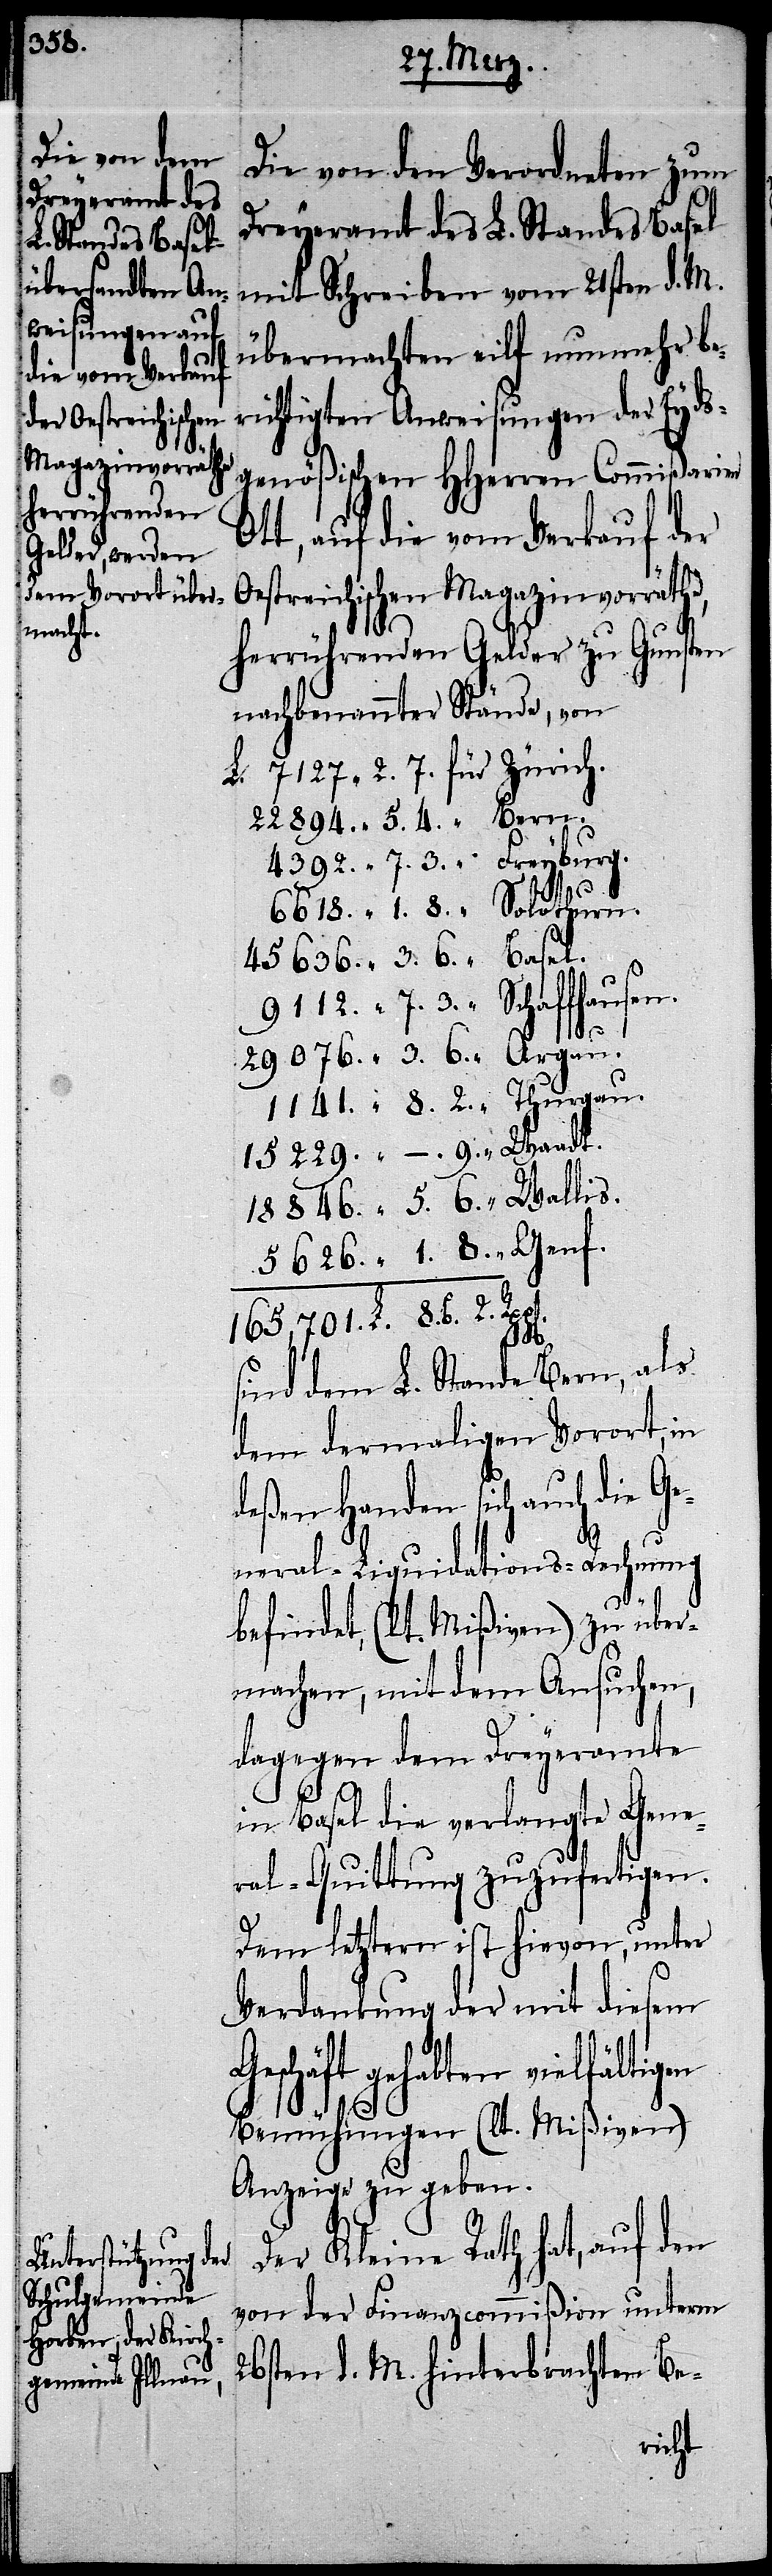
5. 6.

Die von den Verordneten zum
Dreyeramt des L. Standes Basel
mit Schreiben vom 21sten d. M.
übermachten eilf nunmehr be¬
richtigten Anweisungen der Eyds¬
genößischen HHerren Commißarier
auf die vom Verkauf der
Oestreichischen Magazinvorräthe,
herrührenden Gelder zu Gunsten
nachbenannter Stände, von
2.
sind dem L. Stande Bern, als
dem dermaligen Vorort, in
deßen Handen sich auch die Ge¬
neral-Liquidations-Rechnung
befindet, (lt. Mißiven) zu über¬
machen, mit dem Ansuchen,
dagegen dem Dreyeramte
in Basel die verlangte Gene¬
ral-Quittung zuzufertigen.
Dem letztern ist hievon, unter
Verdankung der mit diesem
gehabten vielfältigen
Bemühungen (lt. Mißiven)
Anzeige zu geben.
Der Kleine Rath hat, auf den
von der Finanzcommißion unterm
26sten d. M. hinterbrachten Be-